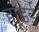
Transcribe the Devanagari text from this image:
ह्यूंडई